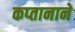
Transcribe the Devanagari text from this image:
कप्‍तानाने